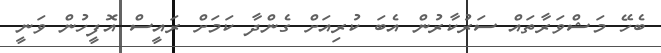
ބެހޭ މަޝްވަރާތައް ސަރުކާރުން އެބަ ކުރިއަށް ގެންދާ ކަމަށް ރައީސް އޮފީހުން ވަނީ